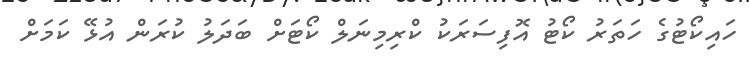
ހައިކޯޓުގެ ހަތަރު ކޯޓު އޮފިސަރަކު ކްރިމިނަލް ކޯޓަށް ބަދަލު ކުރަން އުޅޭ ކަމަށް